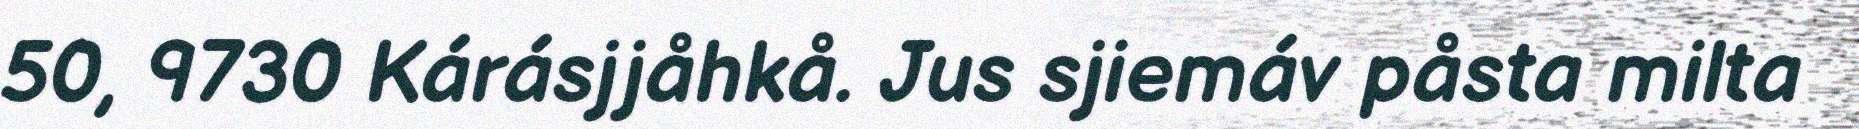
50, 9730 Kárásjjåhkå. Jus sjiemáv påsta milta